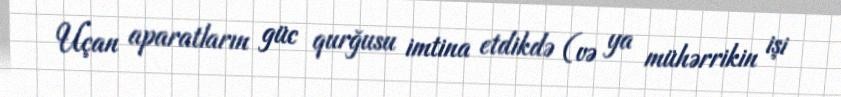
Uçan aparatların güc qurğusu imtina etdikdə (və ya mühərrikin işi